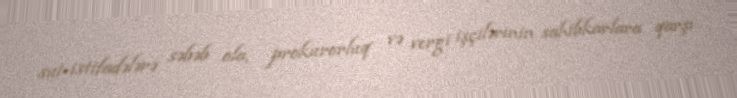
sui-istifadələrə səbəb ola, prokurorluq və vergi işçilərinin sahibkarlara qarşı